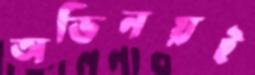
অভিনয়ই